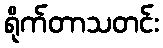
ရိုက်တာသတင်း